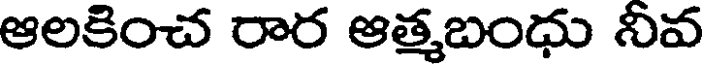
ఆలకించ రార ఆత్మబంధు నీవ